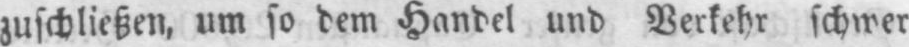
zuschließen, um so dem Handel und Verkehr schwer